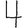
Digit: 4